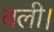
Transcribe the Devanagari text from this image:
वली।